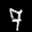
Label: 7